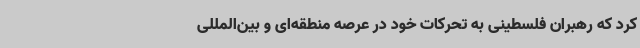
کرد که رهبران فلسطینی به تحرکات خود در عرصه منطقه‌ای و بین‌المللی